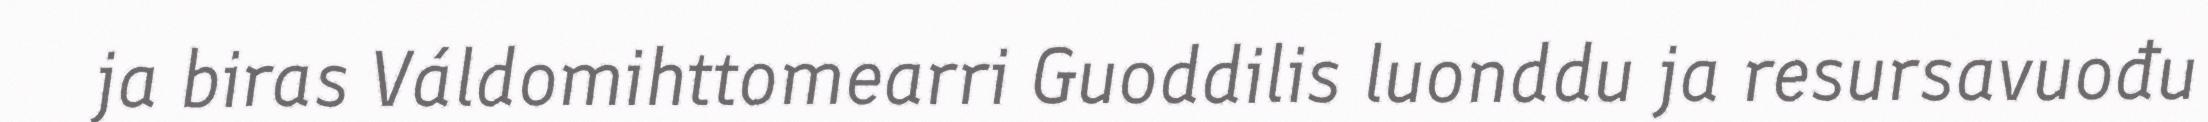
ja biras Váldomihttomearri Guoddilis luonddu ja resursavuođu